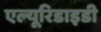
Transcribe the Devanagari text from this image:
एल्यूरिडाइडी